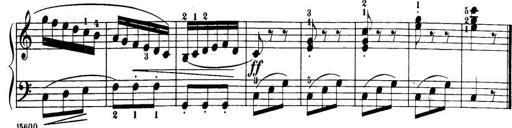
Title: 32 Sonatinas and Rondos for the Piano
Composer: Richard Kleinmichel